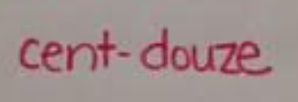
cent douze